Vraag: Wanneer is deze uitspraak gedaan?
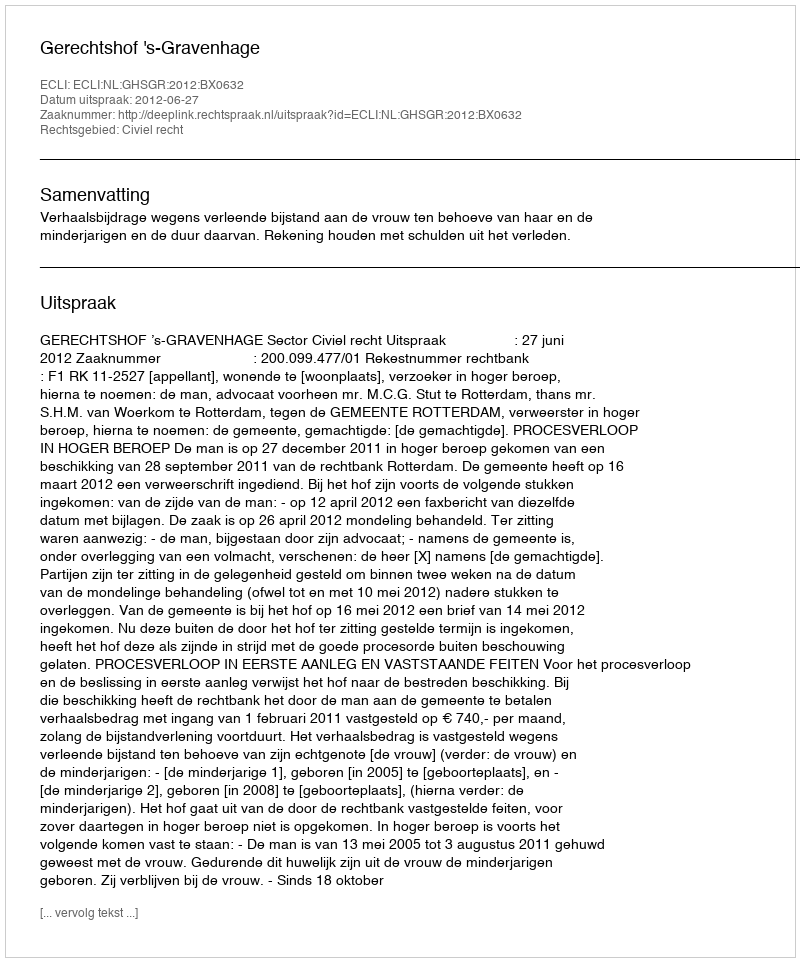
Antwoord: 2012-06-27